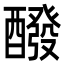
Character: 醱